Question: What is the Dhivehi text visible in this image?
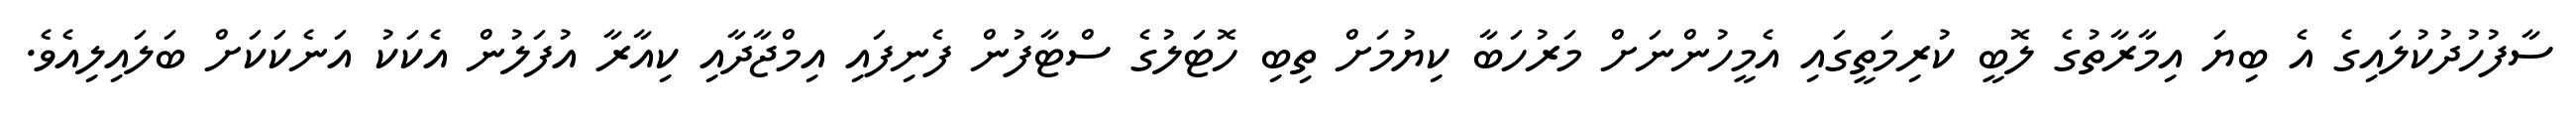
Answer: ސާފުހުދުކުލައިގެ އެ ބިޔަ އިމާރާތުގެ ލޮބީ ކުރިމަތީގައި އެމީހުންނަށް މަރުހަބާ ކިޔުމަށް ތިބި ހޮޓަލުގެ ސްޓާފުން ފެނިފައި އިމްޖާދާއި ކިއާރާ އުފަލުން އެކަކު އަނެކަކަށް ބަލައިލިއެވެ.